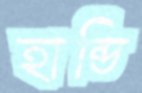
হান্ডি